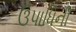
ઉપાધિની